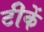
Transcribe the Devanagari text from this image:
टीकें